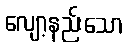
လျော့နည်းသော